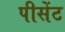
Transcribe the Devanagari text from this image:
पीसेंट